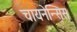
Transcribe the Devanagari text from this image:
चायनेन्सिस